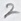
Text: 2